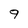
Character: 9